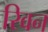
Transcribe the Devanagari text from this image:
रिवन